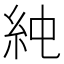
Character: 𥾴